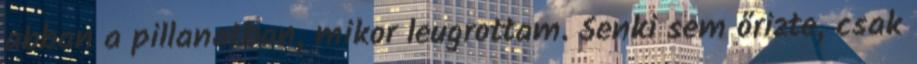
abban a pillanatban, mikor leugrottam. Senki sem őrizte, csak